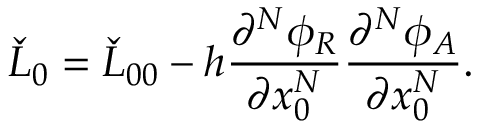
\check { L } _ { 0 } = \check { L } _ { 0 0 } - h { \frac { \partial ^ { N } \phi _ { R } } { \partial x _ { 0 } ^ { N } } } { \frac { \partial ^ { N } \phi _ { A } } { \partial x _ { 0 } ^ { N } } } .